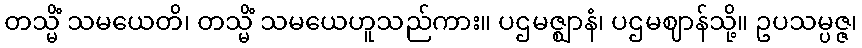
တသ္မိံ သမယေတိ၊ တသ္မိံ သမယေဟူသည်ကား။ ပဌမဇ္ဈာနံ၊ ပဌမဈာန်သို့။ ဥပသမ္ပဇ္ဇ၊